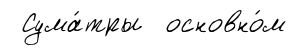
Сума́тры основно́м